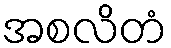
အစလိတံ